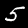
Digit: 5